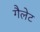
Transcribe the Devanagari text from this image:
गैलेट